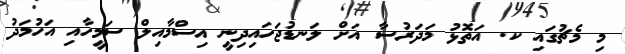
މި މެޗުގައި ކ. އަތޮޅު މަދަރުސާ އަށް ލަނޑުޖަހައިދިނީ އިސްމާއިލް ސަމީހާއި އަހުމަދު